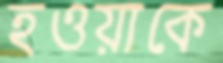
হওয়াকে